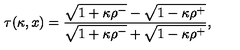
\tau ( \kappa , x ) = { \frac { \sqrt { 1 + \kappa \rho ^ { - } } - \sqrt { 1 - \kappa \rho ^ { + } } } { \sqrt { 1 + \kappa \rho ^ { - } } + \sqrt { 1 - \kappa \rho ^ { + } } } } ,